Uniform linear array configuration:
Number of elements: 8
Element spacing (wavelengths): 0.75
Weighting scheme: hamming
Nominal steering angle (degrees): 15
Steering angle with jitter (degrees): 16.69
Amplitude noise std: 0.05
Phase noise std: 0.05

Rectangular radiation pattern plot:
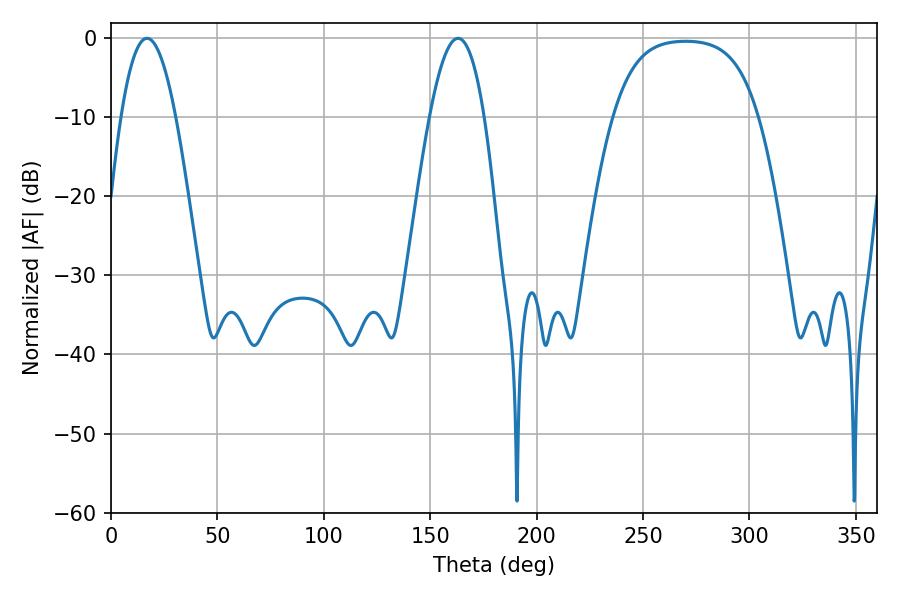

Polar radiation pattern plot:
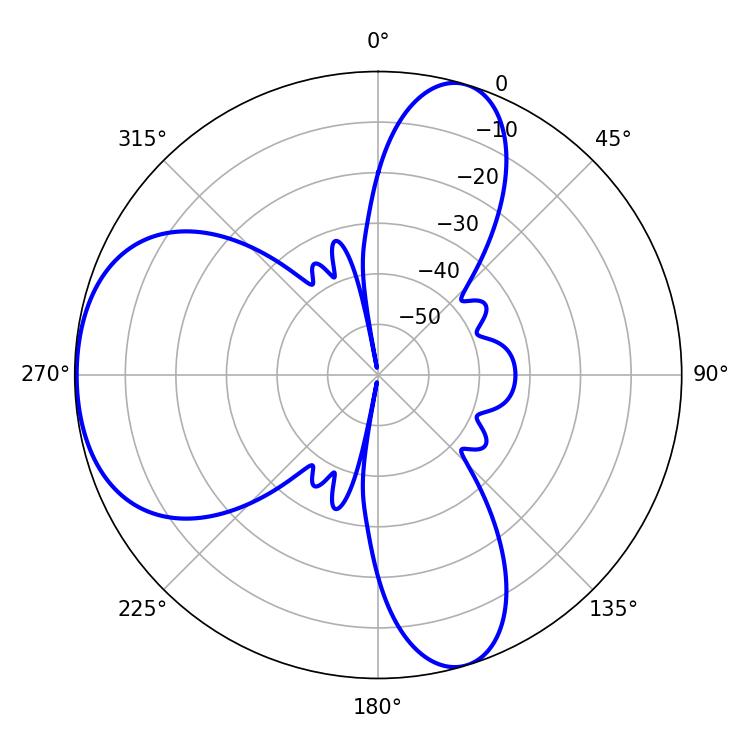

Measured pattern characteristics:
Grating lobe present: TRUE
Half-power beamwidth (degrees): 14.04
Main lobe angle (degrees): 16.92